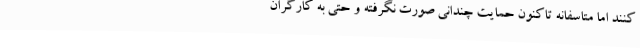
کنند اما متاسفانه تاکنون حمایت چندانی صورت نگرفته و حتی به کارگران